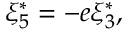
\xi _ { 5 } ^ { \ast } = - e \xi _ { 3 } ^ { \ast } ,